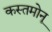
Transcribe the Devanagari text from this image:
कस्तमोनू